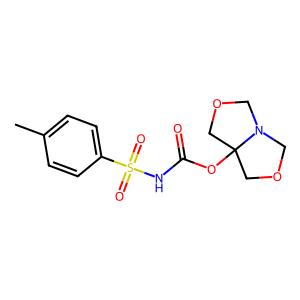
SMILES: Cc1ccc(S(=O)(=O)NC(=O)OC23COCN2COC3)cc1
Inhibits HIV replication: No